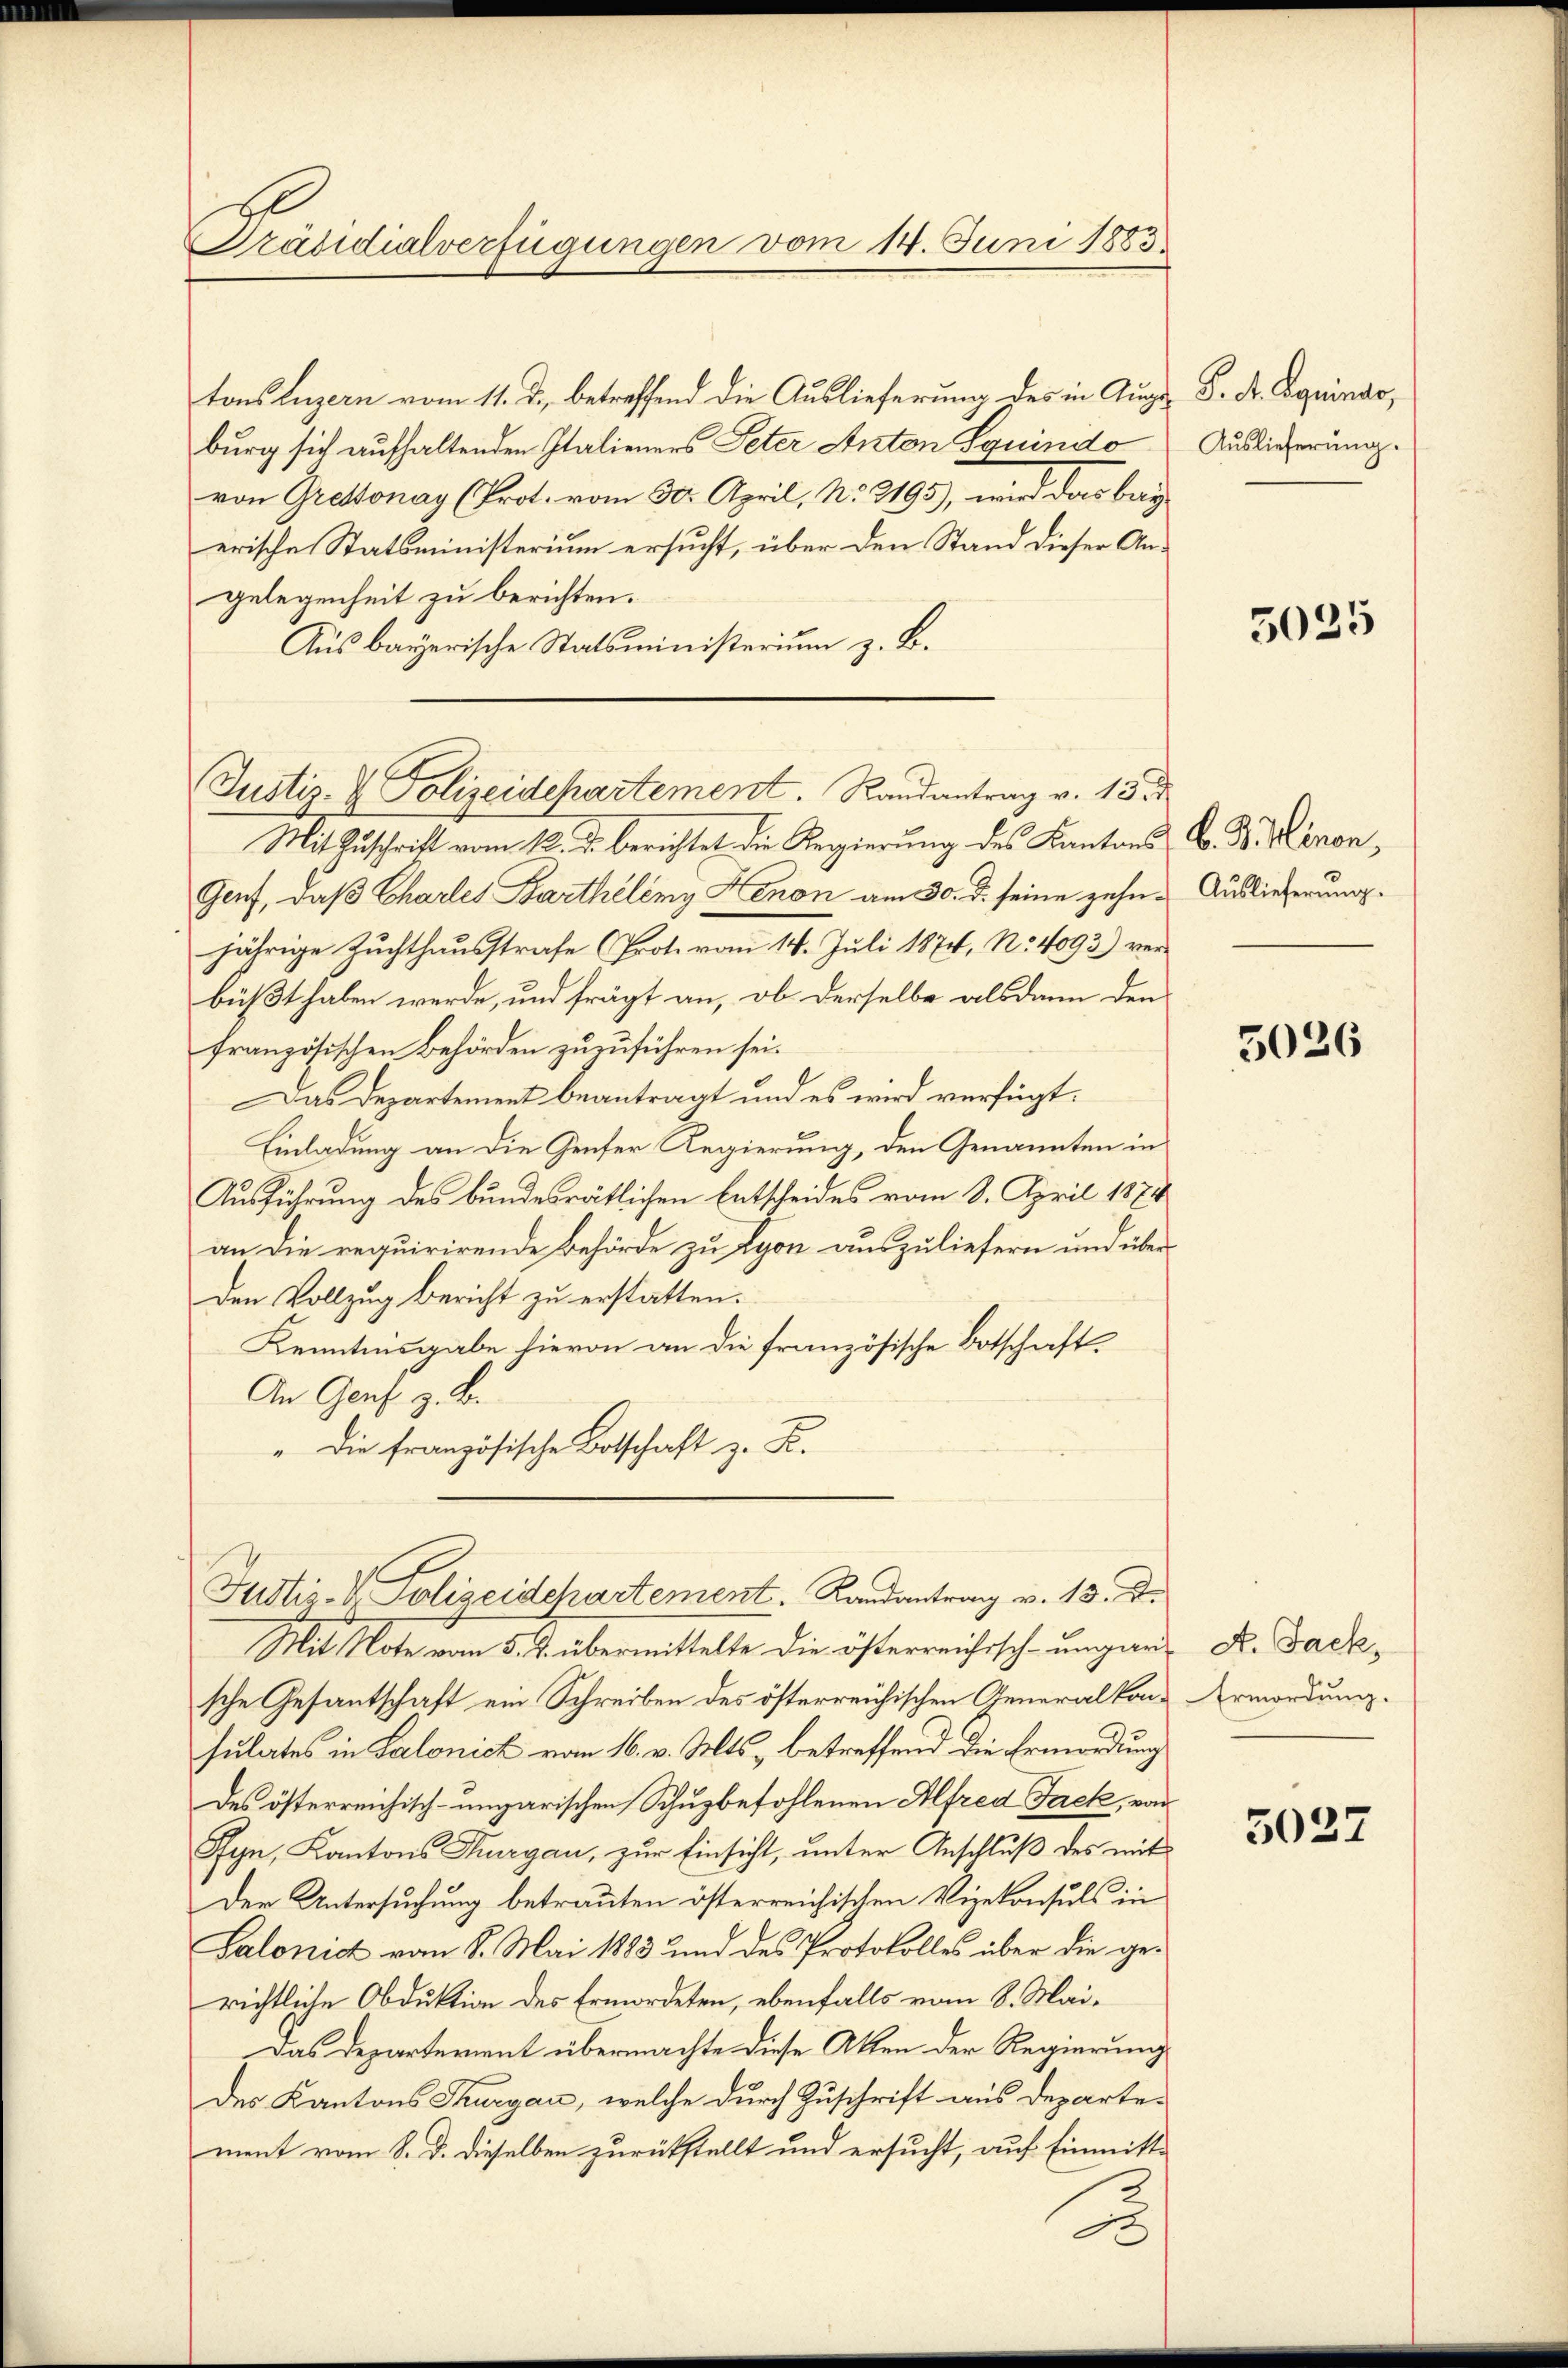
Präsidialverfügungen vom 14. Juni 1883.

tons Luzern vom 11. d., betreffend die Auslieferung des in Ausgeburg sich aufhaltenden Italieners Peter Anton Squindo
von Greßonay (Prot. vom 30. April, No 2195), wird das bay
erische Statsministerium ersucht, über den Stand dieser Angelegenheit zu berichten.
Aus bayerische Statsministerium z. B.

Justiz- & Polizeidepartement. Randantrag v. 13.

Mit Zuschrift vom 12. d. berichtet die Regierung des Kantons C. D. Minon,
Genf, daß Chartes Barthelemy Kenon am 30. d. seine zehn - Auslieferungsjährige Zuchthausstrafe (Prot. vom 14. Juli 1874, No 4093) verbüßt haben werde, und frägt an, ob derselbe alsdann den
französischen Behörden zuzuführen sei.
Das Departement beantragt und es wird verfügt:
Einladung an die Genfer Regierung, den Genannten in
Ausführung des bundesrätlichen Entscheides vom 8. April 1874
an die requirirende Behörde zu Lyon auszuliefern und über¬
Den Vollzug bericht zu erstatten.
Kenntnisgabe hievon an die französische Botschaft¬
An Genf z. B.
" die französische Botschaft z. B.
Justiz- & Polizeidepartement. Landantrag v. 13. D.
Mit Note vom 5. J. übermittelte die österreichisch-ungar. A. Gadesche Gesantschaft ein Schreiben des österreichischen Generalkonsulates in Salonick vom 16. v. Mts. betreffend die Ermordung
des österreichisch-ungarischen Schuzbefohlenen Alfred Fack, von
Pfyn, Kantons Thurgau, zur Einsicht, unter Anschluß des mit
Der Untersuchung betrauten österreichischen Vizekonsuls in
Salonis vom 8. Mai 1883 und des Protokolles über die gerichtliche Obduktion des Ermordeten, ebenfalls vom 8. Mai¬
Das Departement übermachte diese Akten der Regierung
des Kantons Thurgau, welche durch Zuschrift aus Departe-
ment vom 8. d. dieselben zurückstellt und ersucht, auf Einmitt¬
2

S. A. Equindo,
Auslieferung.

5035

5026

Ermordung.

5027